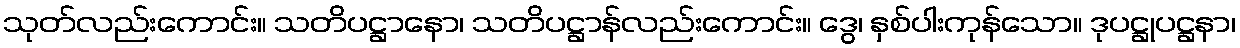
သုတ်လည်းကောင်း။ သတိပဋ္ဌာနော၊ သတိပဋ္ဌာန်လည်းကောင်း။ ဒွေ၊ နှစ်ပါးကုန်သော။ ဒုပဋ္ဌုပဋ္ဌနာ၊